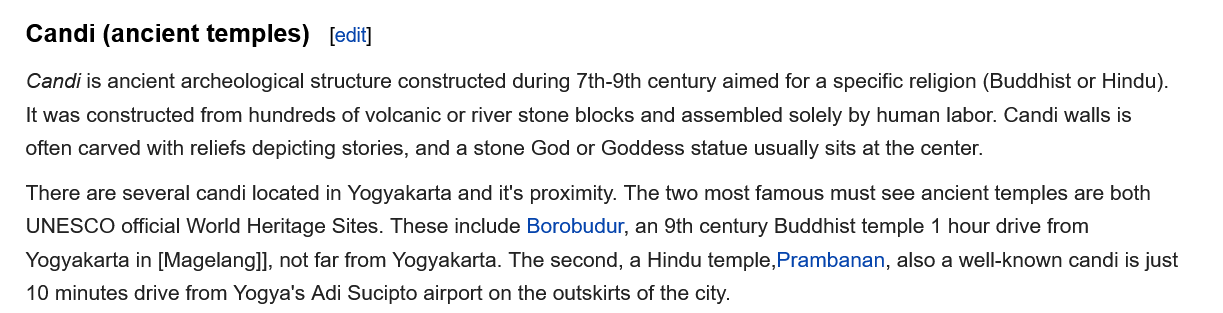
There are several candi located in Yogyakarta and it's proximity. The two most famous must see ancient temples are both
   UNESCO official World Heritage Sites. These include Borobudur, an 9th century Buddhist temple 1 hour drive from
   Yogyakarta in [Magelang]], not far from Yogyakarta. The second, a Hindu temple,Prambanan, also a well-known candi is just
   10 minutes drive from Yogya's Adi Sucipto airport on the outskirts of the city.
   Candi is ancient archeological structure constructed during 7th-9th century aimed for a specific religion (Buddhist or Hindu).
   It was constructed from hundreds of volcanic or river stone blocks and assembled solely by human labor. Candi walls is
   often carved with reliefs depicting stories, and a stone God or Goddess statue usually sits at the center.
   Candi (ancient   temples)    [edit]